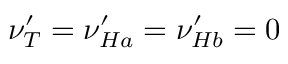
\nu _ { T } ^ { \prime } = \nu _ { H a } ^ { \prime } = \nu _ { H b } ^ { \prime } = 0